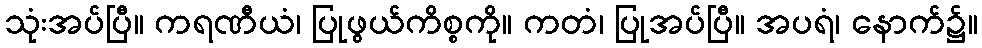
သုံးအပ်ပြီ။ ကရဏီယံ၊ ပြုဖွယ်ကိစ္စကို။ ကတံ၊ ပြုအပ်ပြီ။ အပရံ၊ နောက်၌။